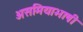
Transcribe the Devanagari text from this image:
असमियाभाषी